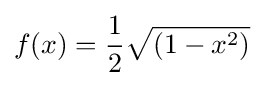
f(x)={\frac {1}{2}}{\sqrt {(1-x^{2})}}